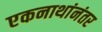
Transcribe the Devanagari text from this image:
एकनाथांनंतर